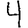
Digit: 4